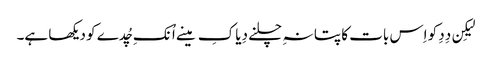
لیکِن دِدِ کو اِس بات کا پتا نہِ چلنے دِیا کِ مینے اُنکِ چُدے کو دیکھا ہے۔